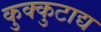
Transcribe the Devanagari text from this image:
कुक्कुटाद्य